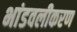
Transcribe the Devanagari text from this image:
भांडवलीकरण